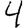
Digit: 4